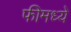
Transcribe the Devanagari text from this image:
फीमध्ये